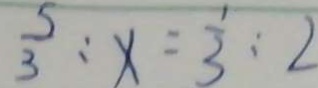
\frac { 5 } { 3 } : x = \frac { 1 } { 3 } : 2